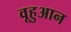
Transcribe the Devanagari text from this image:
वूहुआन